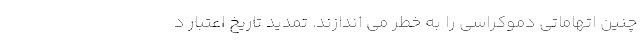
چنین اتهاماتی دموکراسی را به خطر می اندازند. تمدید تاریخ اعتبار د